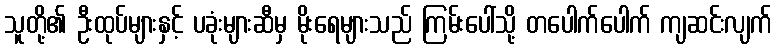
သူတို့၏ ဦးထုပ်များနှင့် ပခုံးများဆီမှ မိုးရေများသည် ကြမ်းပေါ်သို့ တပေါက်ပေါက် ကျဆင်းလျက်